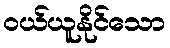
ဝယ်ယူနိုင်သော